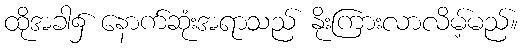
ထိုအခါ၌ နောက်ဆုံးအရာသည် နိုးကြားလာလိမ့်မည်။